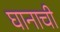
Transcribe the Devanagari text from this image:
घानाची